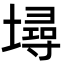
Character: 𡑎